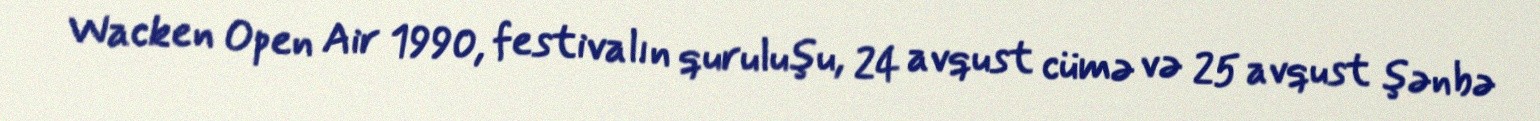
Wacken Open Air 1990, festivalın quruluşu, 24 avqust cümə və 25 avqust şənbə